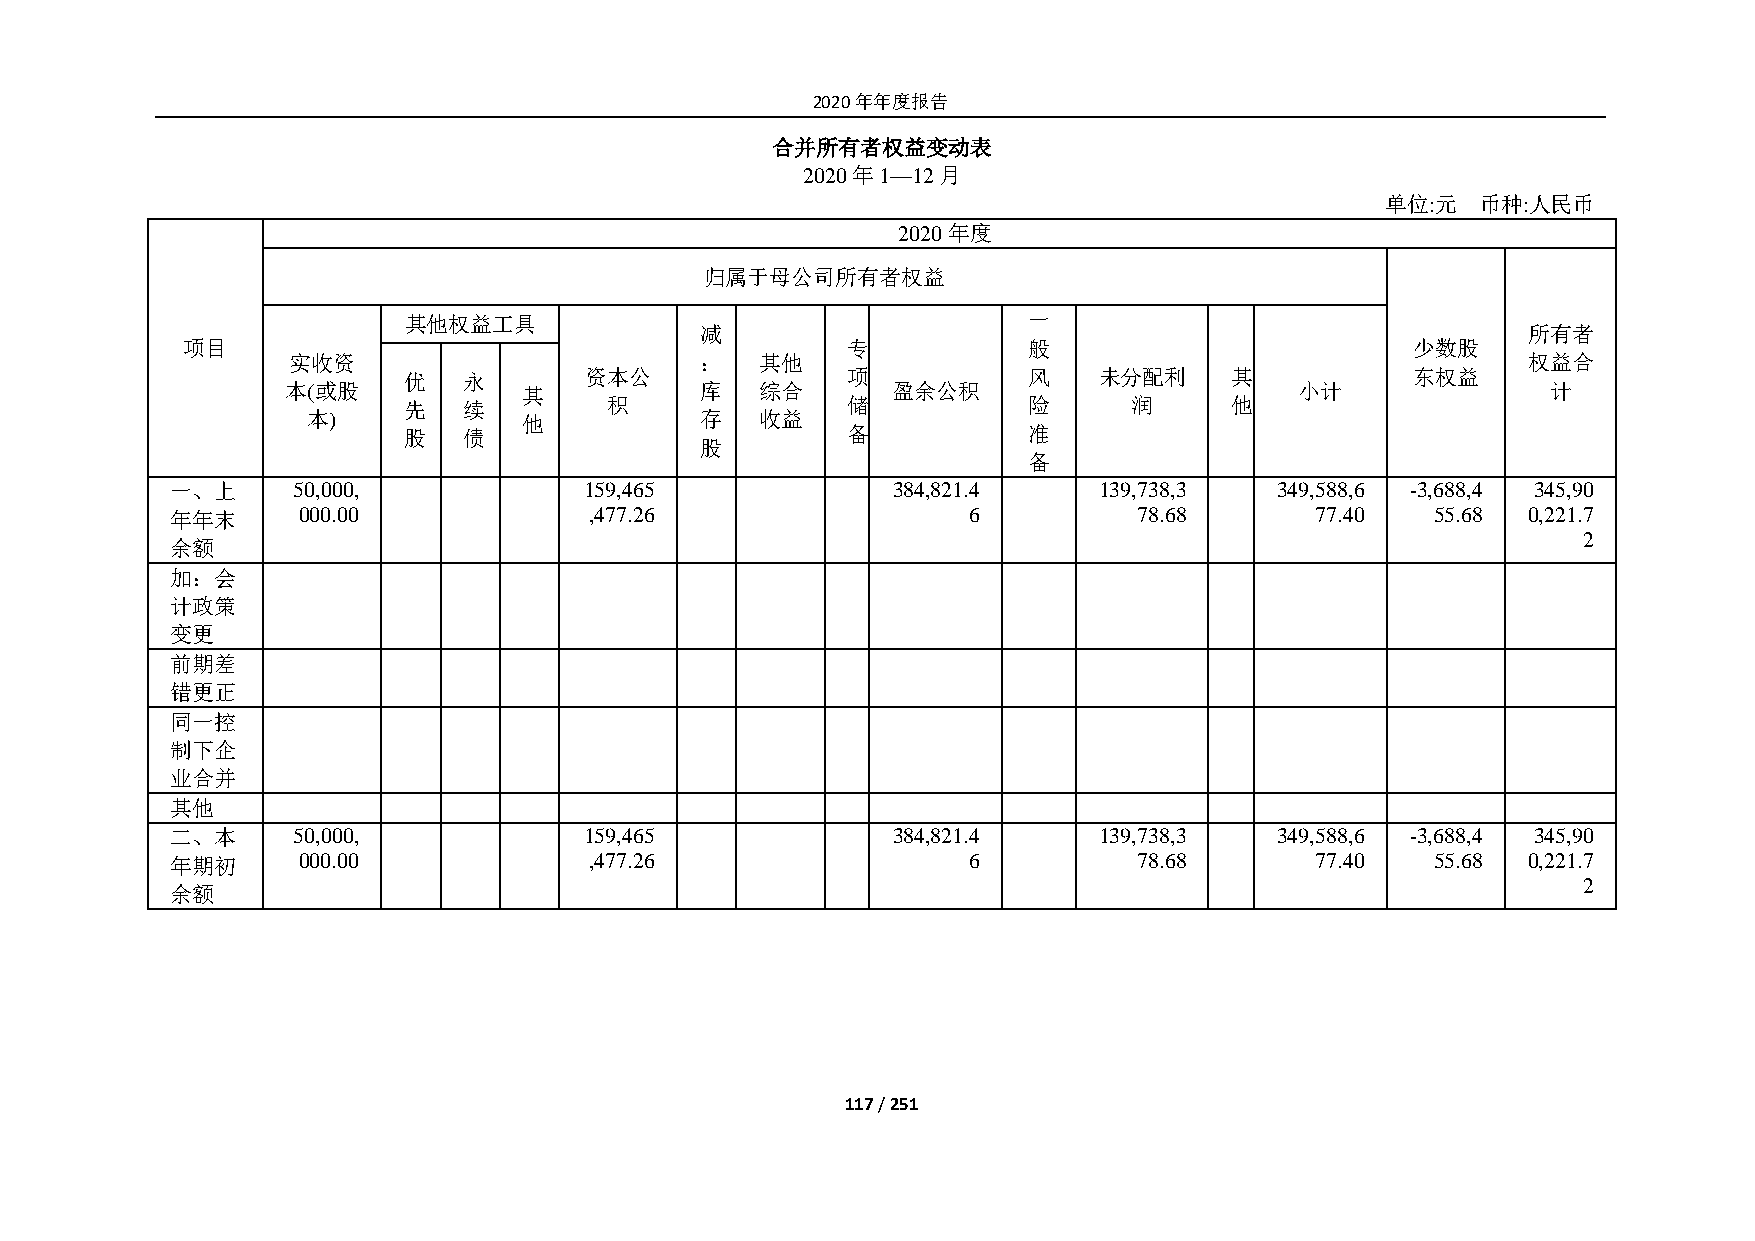
2020年年度报告
 合并所有者权益变动表
 2020年1—12月
 单位:元  币种:人民币
 2020年度
 归属于母公司所有者权益
 其他权益工具                                   一
 减                                                      所有者
 项目                                          专           般                        少数股
 实收资                        ：   其他                                                 权益合
 优   永       资本公              项           风    未分配利    其           东权益
 本(或股            其          库   综合       盈余公积                       小计               计
 先   续        积               储           险      润     他
 本)             他          存   收益
 股   债                        备           准
 股
 备
 一、上     50,000,             159,465             384,821.4     139,738,3  349,588,6 -3,688,4 345,90
 年年末      000.00             ,477.26                  6          78.68       77.40   55.68 0,221.7
 2
 余额
 加：会
 计政策
 变更
 前期差
 错更正
 同一控
 制下企
 业合并
 其他
 二、本     50,000,             159,465             384,821.4     139,738,3  349,588,6 -3,688,4 345,90
 年期初      000.00             ,477.26                  6          78.68       77.40   55.68 0,221.7
 2
 余额
 117 / 251